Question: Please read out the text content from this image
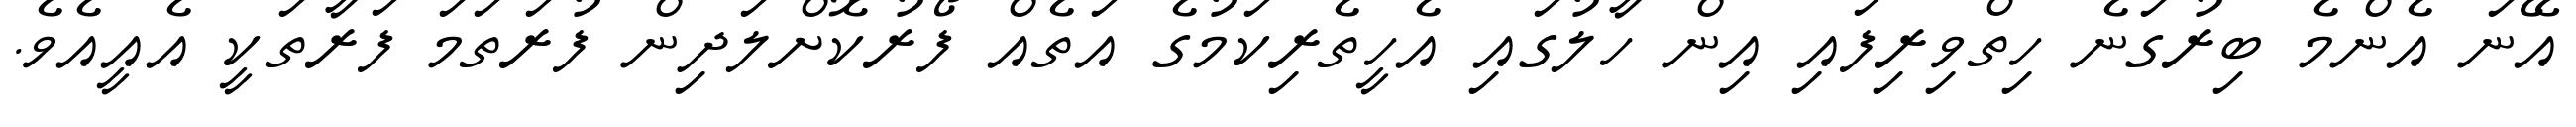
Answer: އޭނަ އެންމެ ބިރުގަނެ ހިތްވިރިފައި އިން ހާލުގައި އެހީތެރިކަމުގެ އަތެއް ފޯރުކޮށްލަދިން ފުރަތަމަ ފަރާތަކީ އެއީއެވެ.